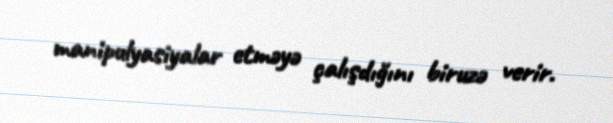
manipulyasiyalar etməyə çalışdığını biruzə verir.